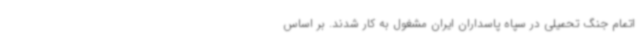
اتمام جنگ تحمیلی در سپاه پاسداران ایران مشغول به کار شدند. بر اساس